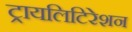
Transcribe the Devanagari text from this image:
ट्रायलिटिरेशन